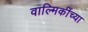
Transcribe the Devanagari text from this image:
वाल्मिकींच्या